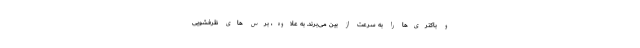
و باکتری‌ها را به سرعت از بین می‌برند. به علاوه، برس های ظرفشویی